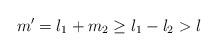
LaTeX: \begin{align*}m^{\prime}=l_{1}+m_{2}\geq l_{1}-l_{2}>l\end{align*}